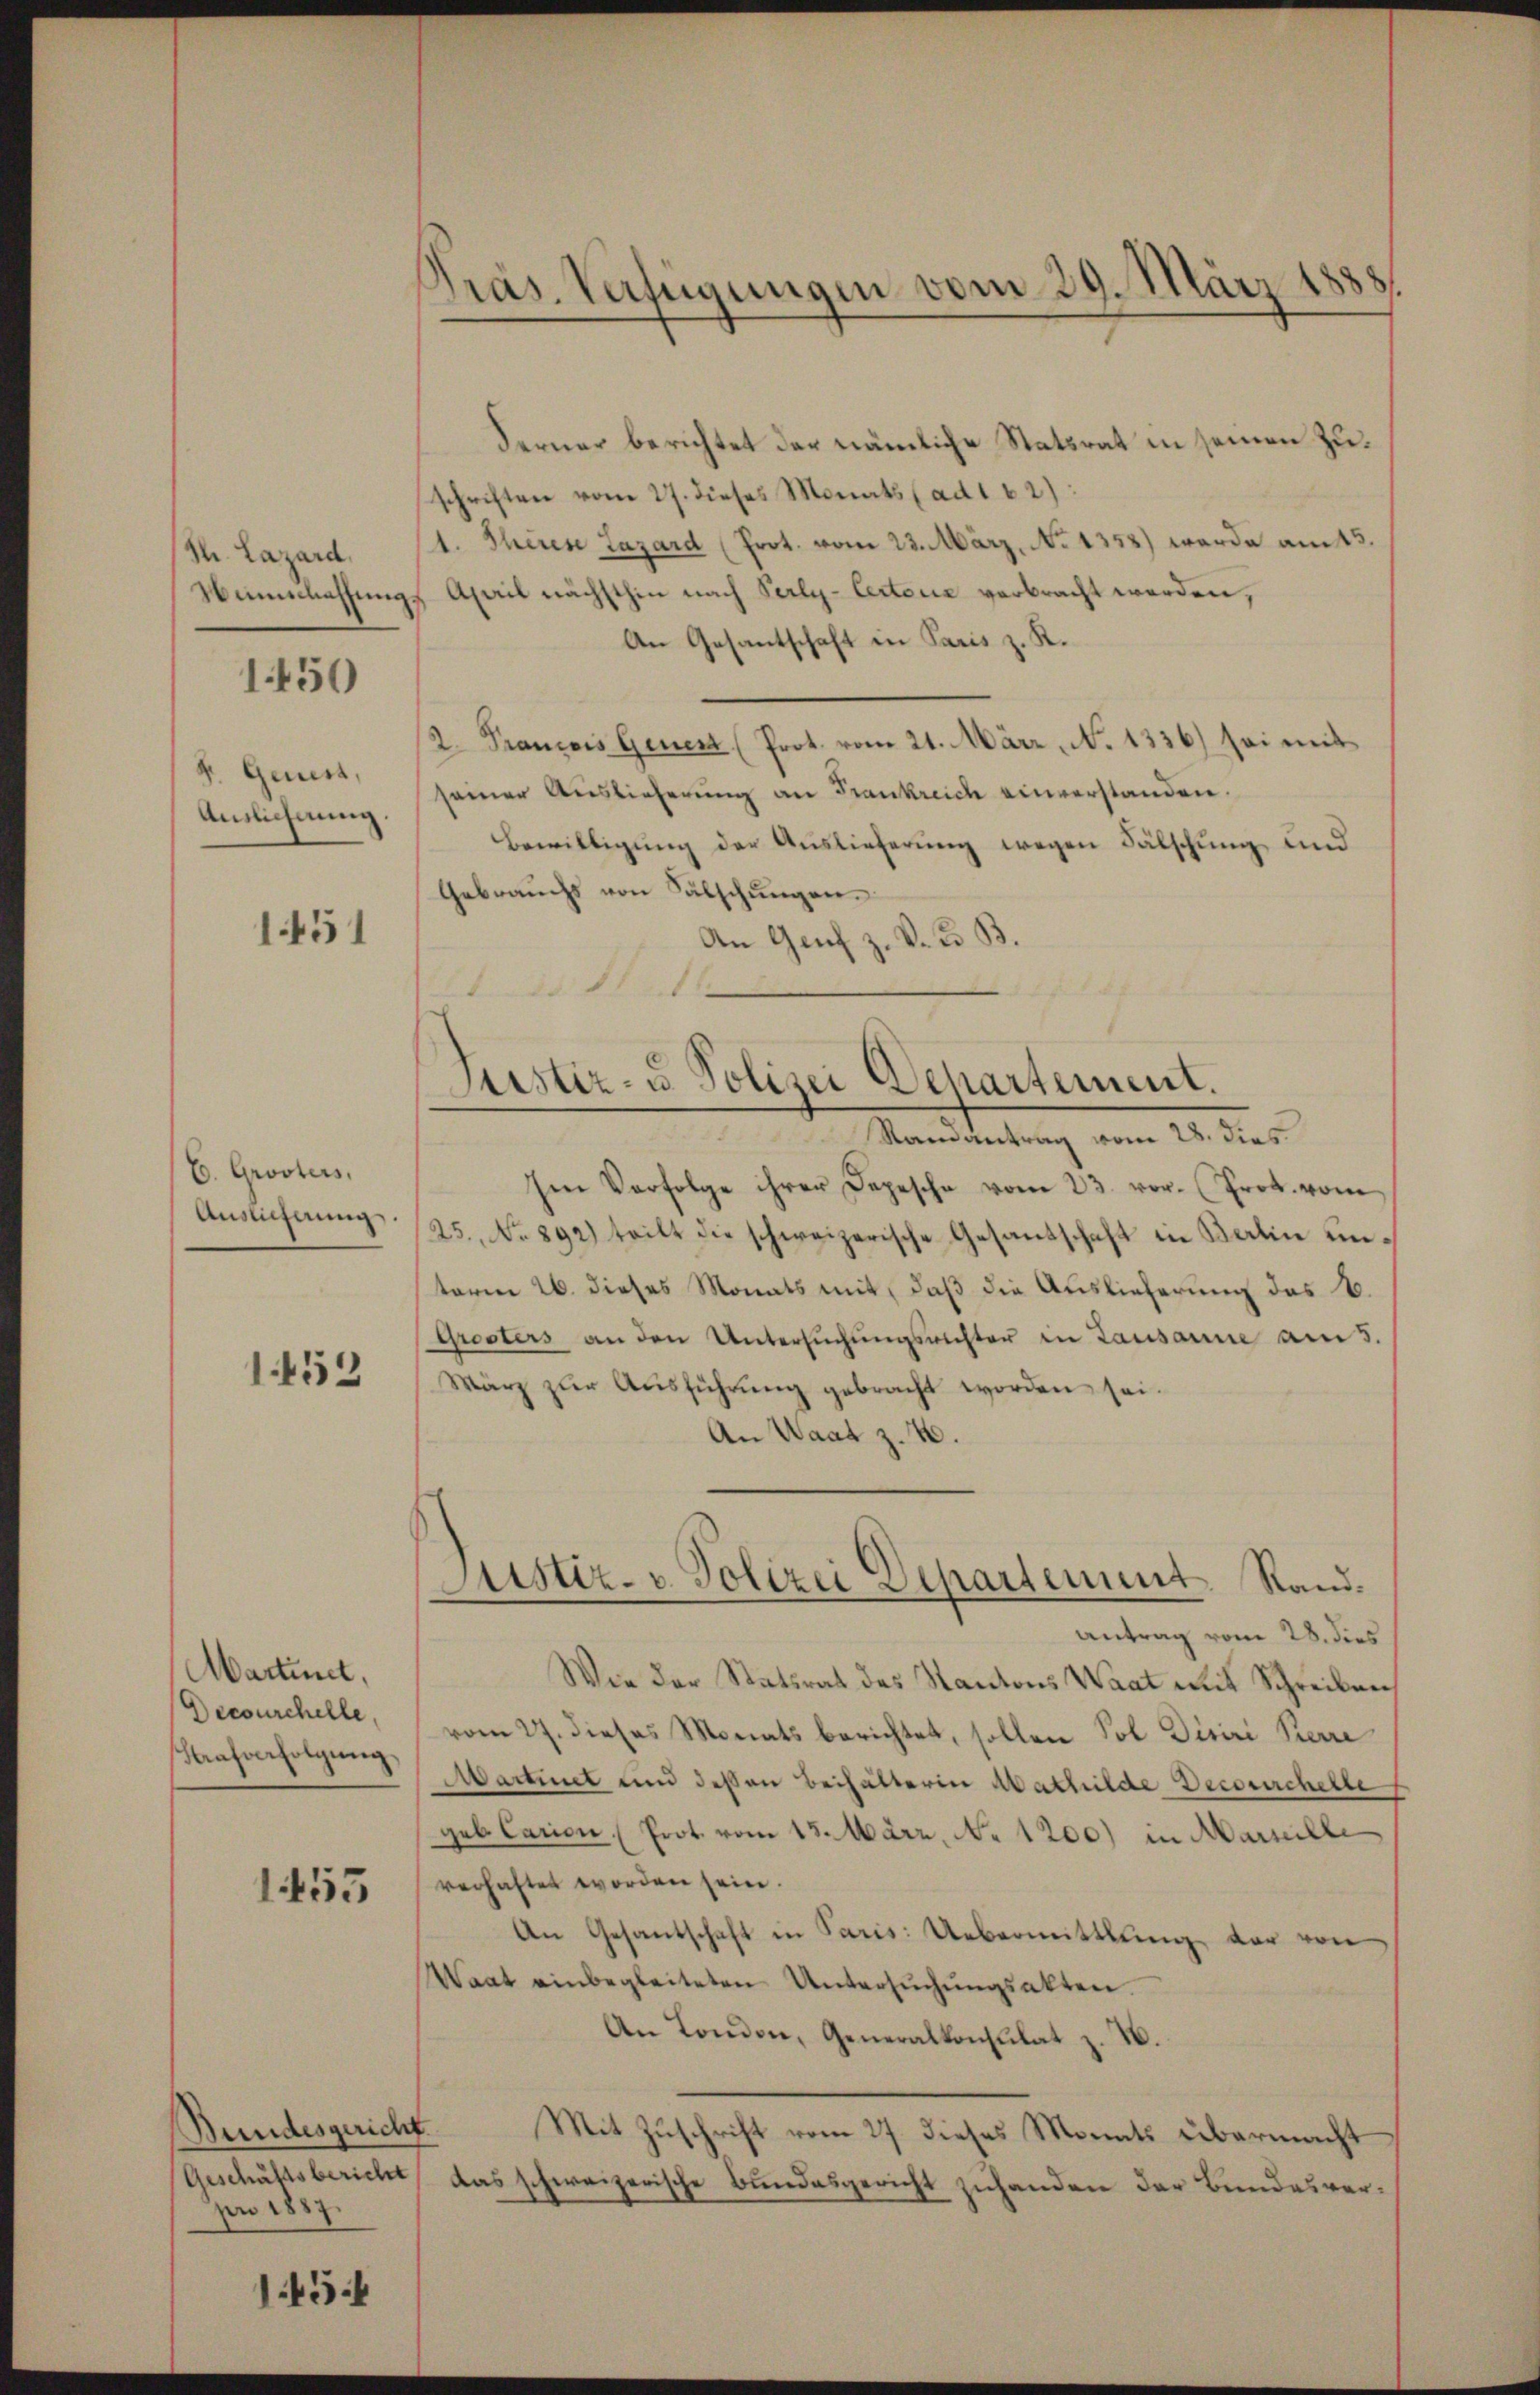
Th. Lazard,

1450

F. Geners,
Auslichnung.

1451

C. Grösters,
Auslicherung

1452

Martinet,
Decourchelle,
Strafverfolgŭng.

1455

Bundesgericht
Ao 1887.

1454

d
Präs. Verfügungen vom 29. März

Ferner berichtet der nämliche Statsrat in seinen Zuschriften vom 27. dieses Monats (ad 162):
1. Theres Lazard (Prot. vom 23. März, No 1358) werde am 15.
Winnmassungs April nächsthin nach Perly-Certonie verbracht werden,
An Gesantschaft in Paris z. R.
K. Prancois Genert (Prot. vom 21. März, N. 1336) sei mit
seiner Auslieferung an Frankreich einverstanden.
Bewilligung der Auslieferung wegen Fälschung und
Gebrauchs von Fälschungen.
An Genf z. V. B. B.
21. d. d.
i
Mandartung vom 23. des
Im Verfolge ihrer Depesche vom 23. vor. (Frot. vom
25. No 892) teilt die schweizerische Gesandschaft in Katin unterm 26. dieses Monats mit, daß die Auslieferung des B.
Grosters an den Untersŭchŭngsrichter in Lausanne am 5.
März zur Ausführung gebracht worden sei.
An Waat z. B.
Justiz- u. Polizei Departement Rand¬
Antrag vom 28. dies
Wie der Statsrat des Kantons Waat mit Schreiben
vom 27. dieses Monats berichtet, sollen Sol Diriri Perre
Martinet und deßen behälterin Mathilde Decourcherte
geb Carion (Prot. vom 13. März, No 1200) in Marseille
rerhaftet worden sein.
An Gesantschaft in Paris: Uebermittlung vor von
Waat einbegleiteten Untersŭchŭngsakten.
An London, Generalkonsulat z. B.
Mit Zuschrift vom 27. dieses Monats übermacht
(Geschäftsbericht, das schweizerische Bundesgericht zuhanden der Bundesver¬

Justiz- u. Polizei Departement.